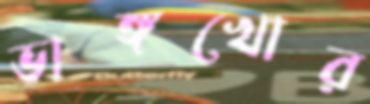
ভাঙ্গখোর